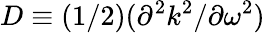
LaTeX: D\equiv(1/2)(\partial^{2}k^{2}/\partial\omega^{2})